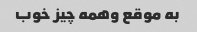
به موقع وهمه چیز خوب